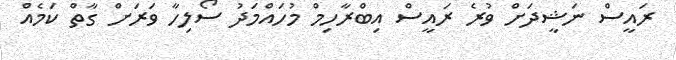
ރައީސް ނަޝީދަށް ވުރެ ރައީސް އިބްރާހިމް މުހައްމަދު ސޯލިހާ ވަރަށް ގާތް ކަމެއް